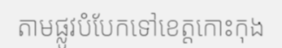
តាមផ្លូវបំបែកទៅខេត្តកោះកុង